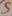
Text: S